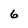
Character: 6